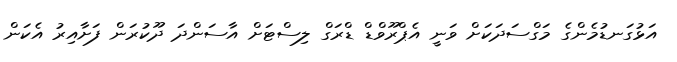
އަޅުގަނޑުމެންގެ މަގްސަދަކަށް ވަނީ އެޕްރޫވްޑް ޑްރަގް ލިސްޓަށް އާސަންދަ ދޫކުރަން ފަށާއިރު އެކަން